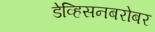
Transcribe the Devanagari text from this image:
डेव्हिसनबरोबर